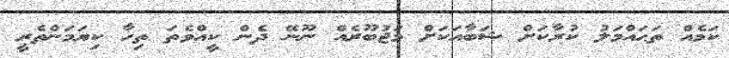
ކަމެއް ތަޙައްމަލު ކުރާކަށް ޝަބާއަކަށް މަޖުބޫރެއް ނޫނޭ ދެން ކީއްވެތަ ތިހާ ކިޔަމަންތެރީ